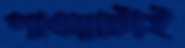
পাওয়াটাই